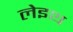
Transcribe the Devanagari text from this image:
लेइथ